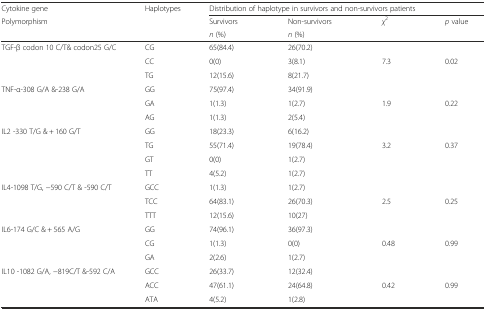
<table><thead><tr><td><b>Cytokine gene</b></td><td rowspan="3"><b>Haplotypes</b></td><td colspan="4"><b>Distribution of haplotype in survivors and non-survivors patients</b></td></tr><tr><td rowspan="2"><b>Polymorphism</b></td><td><b>Survivors</b></td><td><b>Non-survivors</b></td><td rowspan="2"><b><i>χ</i><sup>2</sup></b></td><td rowspan="2"><b><i>p</i> value</b></td></tr><tr><td><b><i>n</i> (%)</b></td><td><b><i>n</i> (%)</b></td></tr></thead><tbody><tr><td rowspan="3">TGF-β codon 10 C/T&amp; codon25 G/C</td><td>CG</td><td>65(84.4)</td><td>26(70.2)</td><td></td><td></td></tr><tr><td>CC</td><td>0(0)</td><td>3(8.1)</td><td>7.3</td><td>0.02</td></tr><tr><td>TG</td><td>12(15.6)</td><td>8(21.7)</td><td></td><td></td></tr><tr><td rowspan="3">TNF-α-308 G/A &amp;-238 G/A</td><td>GG</td><td>75(97.4)</td><td>34(91.9)</td><td></td><td></td></tr><tr><td>GA</td><td>1(1.3)</td><td>1(2.7)</td><td>1.9</td><td>0.22</td></tr><tr><td>AG</td><td>1(1.3)</td><td>2(5.4)</td><td></td><td></td></tr><tr><td rowspan="4">IL2 -330 T/G &amp; + 160 G/T</td><td>GG</td><td>18(23.3)</td><td>6(16.2)</td><td></td><td></td></tr><tr><td>TG</td><td>55(71.4)</td><td>19(78.4)</td><td>3.2</td><td>0.37</td></tr><tr><td>GT</td><td>0(0)</td><td>1(2.7)</td><td></td><td></td></tr><tr><td>TT</td><td>4(5.2)</td><td>1(2.7)</td><td></td><td></td></tr><tr><td rowspan="3">IL4-1098 T/G, −590 C/T &amp; -590 C/T</td><td>GCC</td><td>1(1.3)</td><td>1(2.7)</td><td></td><td></td></tr><tr><td>TCC</td><td>64(83.1)</td><td>26(70.3)</td><td>2.5</td><td>0.25</td></tr><tr><td>TTT</td><td>12(15.6)</td><td>10(27)</td><td></td><td></td></tr><tr><td rowspan="3">IL6-174 G/C &amp; + 565 A/G</td><td>GG</td><td>74(96.1)</td><td>36(97.3)</td><td></td><td></td></tr><tr><td>CG</td><td>1(1.3)</td><td>0(0)</td><td>0.48</td><td>0.99</td></tr><tr><td>GA</td><td>2(2.6)</td><td>1(2.7)</td><td></td><td></td></tr><tr><td rowspan="3">IL10 -1082 G/A, −819C/T &amp;-592 C/A</td><td>GCC</td><td>26(33.7)</td><td>12(32.4)</td><td></td><td></td></tr><tr><td>ACC</td><td>47(61.1)</td><td>24(64.8)</td><td>0.42</td><td>0.99</td></tr><tr><td>ATA</td><td>4(5.2)</td><td>1(2.8)</td><td></td><td></td></tr></tbody></table>